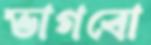
ভাগবো